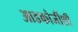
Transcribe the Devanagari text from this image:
आडकोजींशी